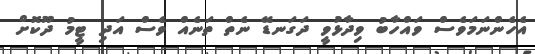
އެހެންނަމަވެސް ވައްހާބު ވިދާޅުވީ ދަގަނޑޭ ނެތް ތަނެއް ވެސް އަދި ޓީމު ދޫކޮށް